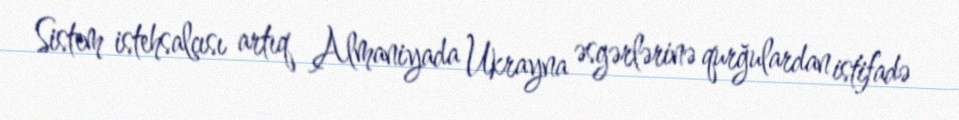
Sistem istehsalçısı artıq Almaniyada Ukrayna əsgərlərinə qurğulardan istifadə